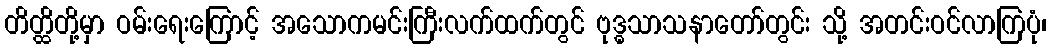
တိတ္ထိတို့မှာ ဝမ်းရေးကြောင့် အသောကမင်းကြီးလက်ထက်တွင် ဗုဒ္ဓသာသနာတော်တွင်း သို့ အတင်းဝင်လာကြပုံ၊